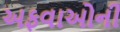
અફવાઓની